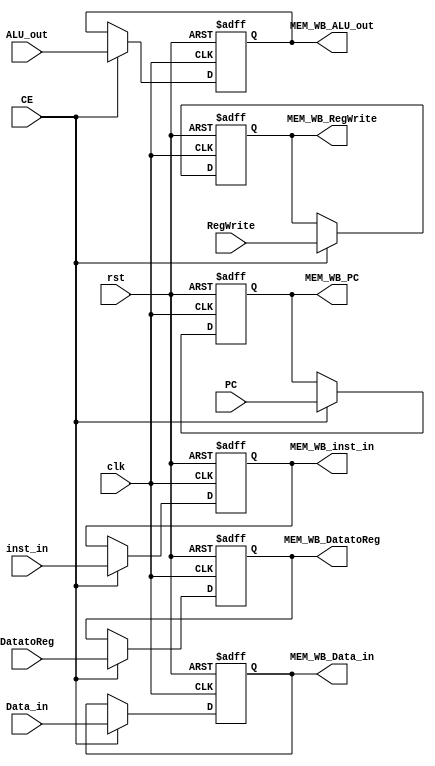
`timescale 1ps / 1ps
//////////////////////////////////////////////////////////////////////////////////
// Company: 
// Engineer: 
// 
// Design Name: 
// Module Name: REG_MEM_WB
// Project Name: 
// Target Devices: 
// Tool Versions: 
// Description: 
// 
// Dependencies: 
// 
// Revision:
// Revision 0.01 - File Created
// Additional Comments:
// 
//////////////////////////////////////////////////////////////////////////////////


module REG_MEM_WB(
        input clk,
        input rst,
        input CE,
        // Input
        input [31:0] inst_in,
        input [31:0] PC,
        input [31:0] ALU_out,
        input [1:0] DatatoReg,
        input RegWrite,
        input [31:0] Data_in,
        // Output
        output reg [31:0] MEM_WB_inst_in,
        output reg [31:0] MEM_WB_PC = 0,
        output reg [31:0] MEM_WB_ALU_out,
        output reg [1:0] MEM_WB_DatatoReg,
        output reg MEM_WB_RegWrite,
        output reg [31:0] MEM_WB_Data_in
    );
    always @ (posedge clk or posedge rst) begin
        if (rst == 1) begin
            MEM_WB_inst_in      <= 32'h00000013;
            MEM_WB_PC           <= 32'h00000000;
            MEM_WB_ALU_out      <= 32'h00000000;
            MEM_WB_DatatoReg    <= 2'b00;
            MEM_WB_RegWrite     <= 1'b0;
            MEM_WB_Data_in      <= 32'h00000000;
        end
        else if (CE) begin
            MEM_WB_inst_in      <= inst_in;
            MEM_WB_PC           <= PC;
            MEM_WB_ALU_out      <= ALU_out;
            MEM_WB_DatatoReg    <= DatatoReg;
            MEM_WB_RegWrite     <= RegWrite;
            MEM_WB_Data_in      <= Data_in;
        end
    end
endmodule